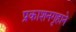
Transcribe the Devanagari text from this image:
प्रकाशनगृहाने